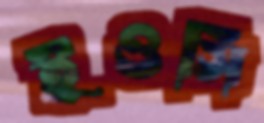
ইওসি